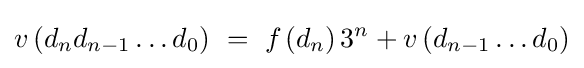
v\left(d_{n}d_{n-1}\ldots d_{0}\right)~=~f_{}\left(d_{n}\right)3^{n}+v\left(d_{n-1}\ldots d_{0}\right)